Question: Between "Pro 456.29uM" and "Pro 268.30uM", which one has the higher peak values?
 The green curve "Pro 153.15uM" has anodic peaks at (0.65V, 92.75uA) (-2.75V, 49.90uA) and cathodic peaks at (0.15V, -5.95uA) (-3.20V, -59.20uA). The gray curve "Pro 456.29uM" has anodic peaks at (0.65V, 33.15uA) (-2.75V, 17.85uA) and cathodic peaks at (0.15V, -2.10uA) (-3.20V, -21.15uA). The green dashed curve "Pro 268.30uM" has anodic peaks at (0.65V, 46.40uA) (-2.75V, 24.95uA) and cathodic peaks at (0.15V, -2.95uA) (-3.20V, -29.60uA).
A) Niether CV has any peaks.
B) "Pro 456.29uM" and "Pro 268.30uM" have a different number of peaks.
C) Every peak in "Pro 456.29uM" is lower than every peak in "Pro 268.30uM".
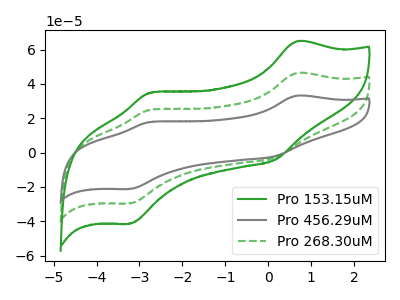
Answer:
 <answer>C) Every peak in "Pro 456.29uM" is lower than every peak in "Pro 268.30uM".</answer>
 <eval>C</eval>